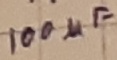
Text: 100µF